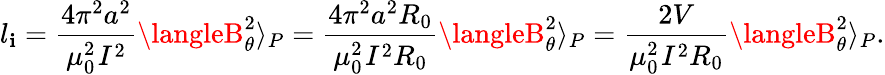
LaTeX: l_{\mathbf{i}}=\frac{{4\pi^{2}a^{2}}}{{{\mu_{0}^{2}}_{}I^{2}}}\langleB_{\theta}^{2}\rangle_{P}=\frac{{4\pi^{2}a^{2}R_{0}}}{{{\mu_{0}^{2}}_{}I^{2}R_{0}}}\langleB_{\theta}^{2}\rangle_{P}=\frac{{2V}}{{{\mu_{0}^{2}}_{}I^{2}R_{0}}}\langleB_{\theta}^{2}\rangle_{P}.